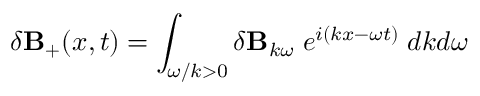
\delta { \bf B } _ { + } ( x , t ) = \int _ { \omega / k > 0 } \delta { \bf B } _ { k \omega } \; e ^ { i ( k x - \omega t ) } \; d k d \omega